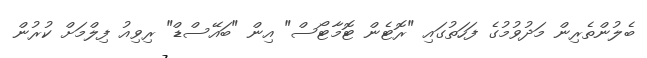
ބެލުންތެރިން މަދުވުމުގެ ފަހަތުގައި "ރޮޓެން ޓޮމާޓޯސް" އިން "ބައޭސްޑް" ރިވިއު ފިލްމަށް ކުރުން